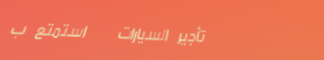
تأجير السيارات   استمتع ب